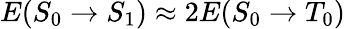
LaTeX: E(S_{0}\rightarrow S_{1})\approx 2E(S_{0}\rightarrow T_{0})